Leaving Certificate Examination (including Day School Certificate (Higher) General paper), 1936
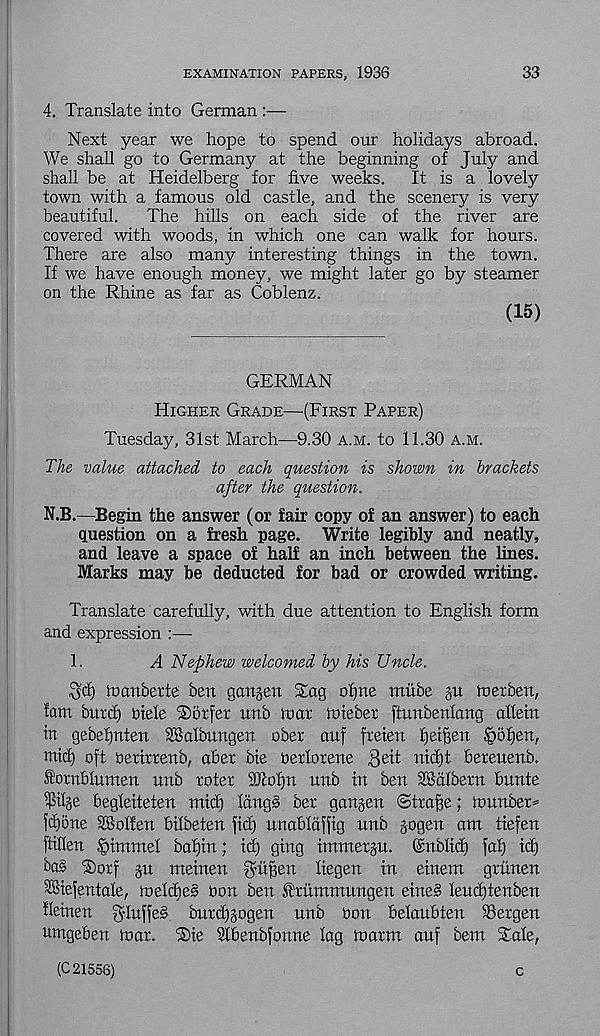
EXAMINATION PAPERS, 1936
33
4. Translate into German :—
Next year we hope to spend our holidays abroad.
We shall go to Germany at the beginning of July and
shall be at Heidelberg for five weeks.
It is a lovely
town with a famous old castle, and the scenery is very
beautiful.
The hills on each side of the river are
covered with woods, in which one can walk for hours.
There are also many interesting things in the town.
If we have enough money, we might later go by steamer
on the Rhine as far as Coblenz.
(15)
GERMAN
Higher Grade—(First Paper)
Tuesday, 31st March—9.30 a.m. to 11.30 a.m.
The value attached to each question is shown in brackets
after the question.
N.B.—Begin the answer (or fair copy of an answer) to each
question on a fresh page. Write legibly and neatly,
and leave a space of half an inch between the lines.
Marks may be deducted for bad or crowded writing.
Translate carefully, with due attention to English form
and expression :—
1.
A Nephew welcomed by his Uncle.
tnemberte ben garden Stag ofjne mube ju roetben,
fam butd) biele T)otfet unb roar ioieber ftunbenlang alletn
in gebefjnten 3BaIbitngen ober auf freien fjeifjen §5f)en,
mid) oft oertrrenb, aber bie berlorene ,3ett nicfjt bereuenb.
iornbhtmen unb roter 9Tof)n unb in ben Scilbern bnnte
^ilje begleiteten mid) ldng§ ber ganjen ©trage; tounbem
fd)6ne dBolfen bilbeten fid) nnabldffig unb gogen am tiefen
ftillen .'pimmel bafjin; id) ging immerju. Snblid) faf) id)
ba§ ®orf ju metnen gmffen liegen in etnem grhnen
SSiefentale, h)eld)e§ bon ben ^rummungen eine§ leudjtenben
Heinen gluffes bnrd)jogen nnb bon belaubten SSergen
umgeben mar. ®ie Slbenbfonne lag inarm anf bent Stale,
(C 21556)
c